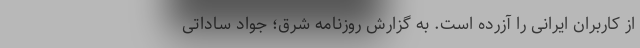
از کاربران ایرانی را آزرده است. به گزارش روزنامه شرق؛ جواد ساداتی